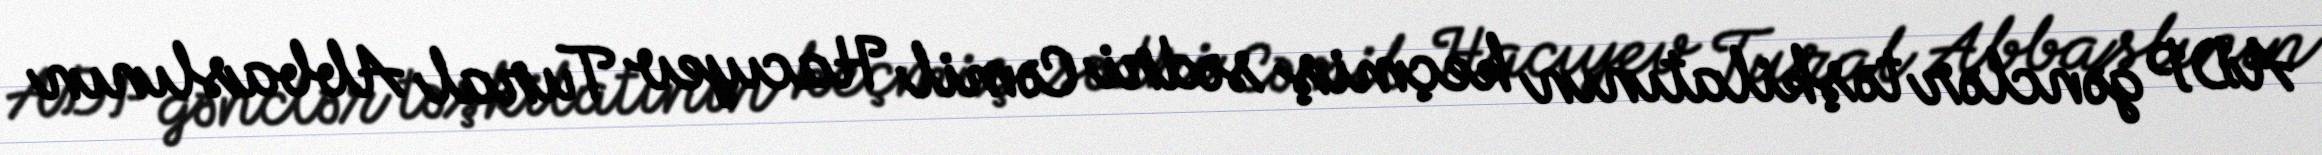
ADP gənclər təşkilatının keçmiş sədri Cəmil Hacıyev Tural Abbaslının